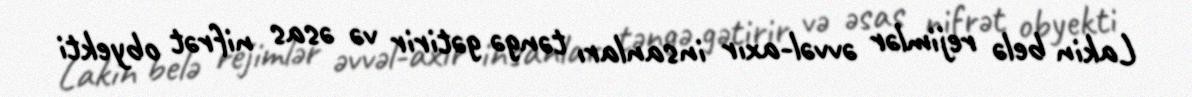
Lakin belə rejimlər əvvəl-axır insanları təngə gətirir və əsas nifrət obyekti